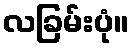
လခြမ်းပုံ။